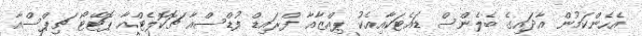
އެހެންކަމުން އާދައިގެ ބެލެންސް ޑައެޓަކާއިއެކު ޕިއްޒާއާ ފްރައިޑް ފުޑްސްއާ ޗޮކޮލެޓްއާ ޕޮޓޭޓޯ ޗިޕްސްއާ